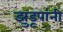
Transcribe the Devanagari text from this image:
झुडूपांनी